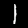
Digit: 1